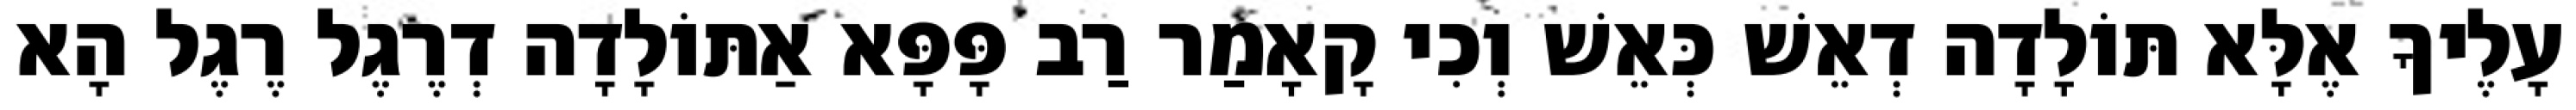
עָלֶיךָ אֶלָּא תּוֹלָדָה דְאֵשׁ כְּאֵשׁ וְכִי קָאָמַר רַב פָּפָּא אַתּוֹלָדָה דְרֶגֶל רֶגֶל הָא